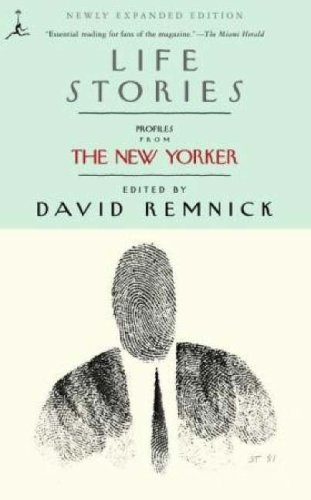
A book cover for Life Stories: Profiles from The New Yorker (Modern Library Paperbacks); Biographies & Memoirs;